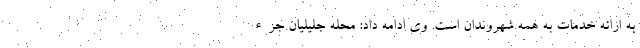
به ارائه خدمات به همه شهروندان است. وی ادامه داد: محله جلیلیان جزء